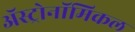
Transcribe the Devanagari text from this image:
अॅस्ट्रोनॉमिकल